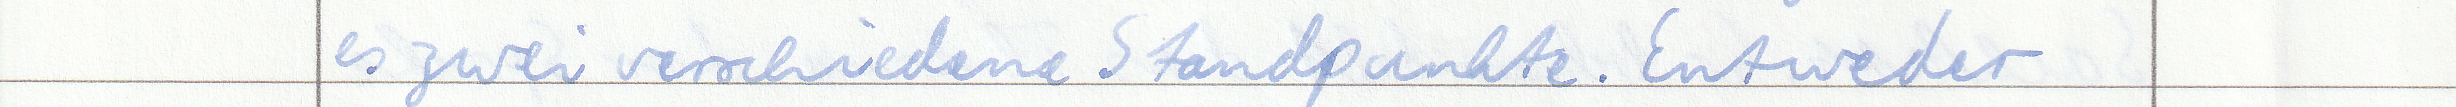
es zwei verschiedene Standpunkte. Entweder